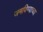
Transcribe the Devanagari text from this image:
जमविण्याच्या